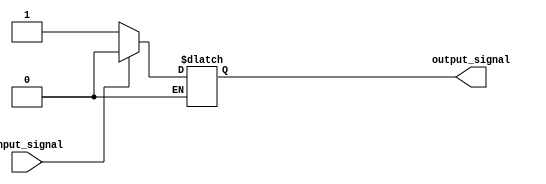
module Schmitt_trigger_inverter (
input wire input_signal,
output reg output_signal
);

always @(*) begin
 if (input_signal == 1'b1)
  output_signal <= 1'b0;
 else if (input_signal == 1'b0)
  output_signal <= 1'b1;
end

endmodule